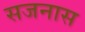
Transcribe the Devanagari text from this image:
सजनास